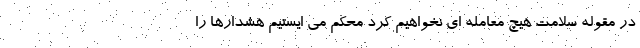
در مقوله سلامت هیچ معامله ای نخواهیم کرد محکم می ایستیم هشدارها را